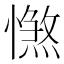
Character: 𢢴